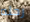
رحله